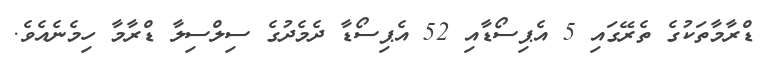
ޑްރާމާތަކުގެ ތެރޭގައި 5 އެޕިސޯޑާއި 52 އެޕިސޯޑާ ދެމެދުގެ ސިލްސިލާ ޑްރާމާ ހިމެނެއެވެ.